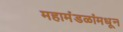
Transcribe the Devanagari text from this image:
महामंडळांमधून